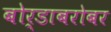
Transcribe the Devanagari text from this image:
बोर्डाबरोबर